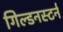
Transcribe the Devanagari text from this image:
गिल्डनस्टर्न